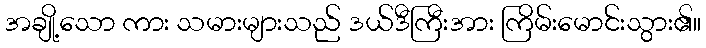
အချို့သော ကား သမားများသည် ဒယ်ဒီကြီးအား ကြိမ်းမောင်းသွား၏။